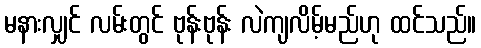
မနားလျှင် လမ်းတွင် ဗုန်းဗုန်း လဲကျလိမ့်မည်ဟု ထင်သည်။